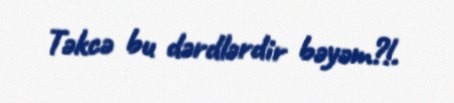
Təkcə bu dərdlərdir bəyəm?!.